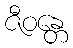
ဇီဝန္တေ